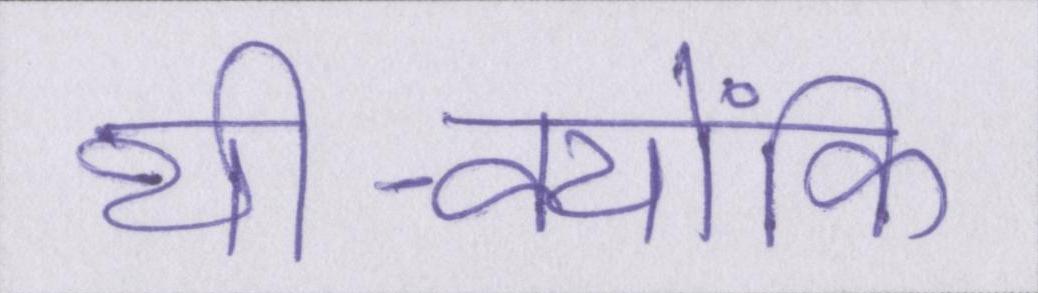
थी-क्योंकि